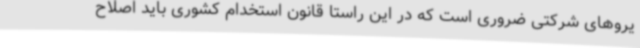
یروهای شرکتی ضروری است که در این راستا قانون استخدام کشوری باید اصلاح